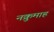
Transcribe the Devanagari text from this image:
नक्रुमाह